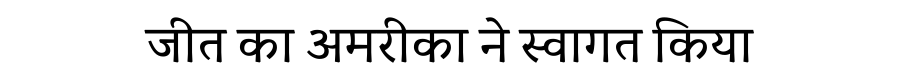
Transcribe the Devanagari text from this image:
जीत का अमरीका ने स्वागत किया